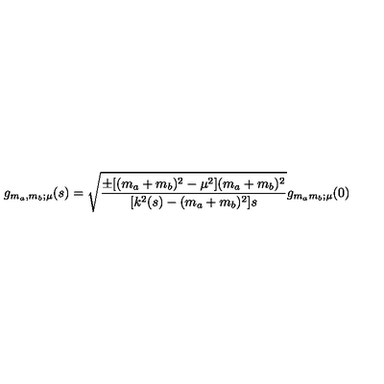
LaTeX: g _ { m _ { a } , m _ { b } ; \mu } ( s ) = \sqrt { { \frac { \pm [ ( m _ { a } + m _ { b } ) ^ { 2 } - \mu ^ { 2 } ] ( m _ { a } + m _ { b } ) ^ { 2 } } { [ k ^ { 2 } ( s ) - ( m _ { a } + m _ { b } ) ^ { 2 } ] s } } } g _ { m _ { a } m _ { b } ; \mu } ( 0 )